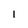
Character: 1